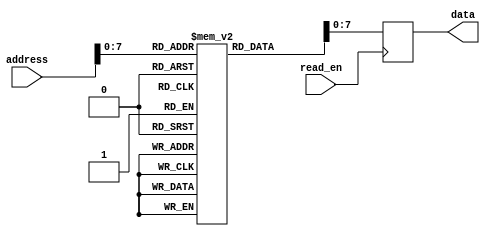
module flash_rom (
    input wire [31:0] address,
    input wire read_en,
    output reg [7:0] data
);

    reg [31:0] mem [0:255]; // Array of memory blocks with 256 blocks each containing 32 bits
    reg [7:0] out_data; // Output data from selected memory block

    always @ (posedge read_en)
    begin
        out_data <= mem[address];
    end

    assign data = out_data;

endmodule